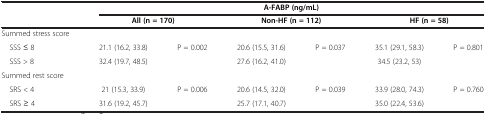
| <ROWSPAN=2>  | <COLSPAN=6> A-FABP (ng/mL) |
 | <COLSPAN=2> All (n = 170) | <COLSPAN=2> Non-HF (n = 112) | <COLSPAN=2> HF (n = 58) |
 | --- | --- | --- | --- | --- | --- | --- |
 | Summed stress score |  |  |  |  |  |  |
 | SSS ≤ 8 | 21.1 (16.2, 33.8) | P = 0.002 | 20.6 (15.5, 31.6) | P = 0.037 | 35.1 (29.1, 58.3) | P = 0.801 |
 | SSS > 8 | 32.4 (19.7, 48.5) |  | 27.6 (16.2, 41.0) |  | 34.5 (23.2, 53) |  |
 | Summed rest score |  |  |  |  |  |  |
 | SRS < 4 | 21 (15.3, 33.9) | P = 0.006 | 20.6 (14.5, 32.0) | P = 0.039 | 33.9 (28.0, 74.3) | P = 0.760 |
 | SRS ≥ 4 | 31.6 (19.2, 45.7) |  | 25.7 (17.1, 40.7) |  | 35.0 (22.4, 53.6) |  |